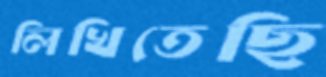
লিখিতেছি